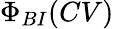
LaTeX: \Phi_{BI}(CV)